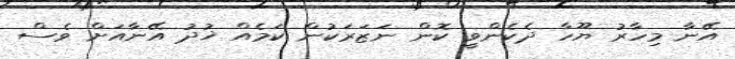
އޭނާ މިހާރު ޔޫހާ ދެކެންވީ ކޮން ނަޒަރަކުން ކަމެއް ޚުދު އޭނާއަށް ވެސް